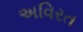
અવિરત